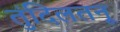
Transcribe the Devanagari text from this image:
तुंदिलतनू